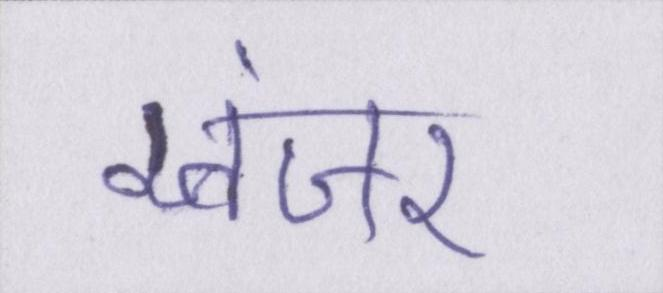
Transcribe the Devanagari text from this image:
खंजर